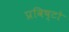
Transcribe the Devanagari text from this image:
प्रविष्टो